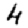
Digit: 4